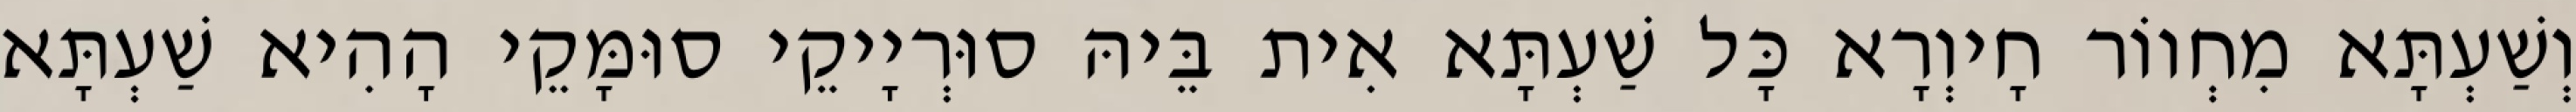
וְשַׁעְתָּא מִחְווֹר חָיוְרָא כָּל שַׁעְתָּא אִית בֵּיהּ סוּרְיָיקֵי סוּמָּקֵי הָהִיא שַׁעְתָּא